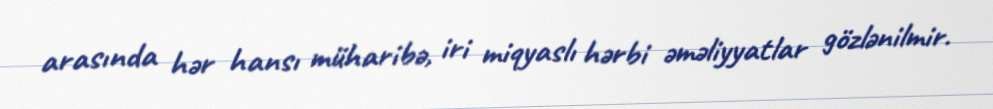
arasında hər hansı müharibə, iri miqyaslı hərbi əməliyyatlar gözlənilmir.